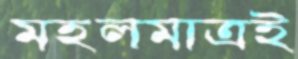
মহলমাত্রই